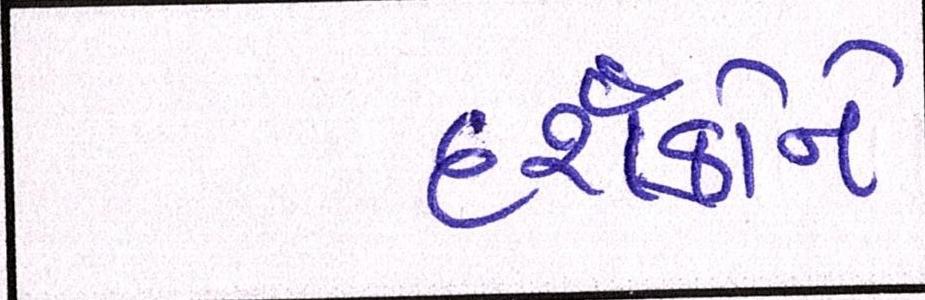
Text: દર્શકોને